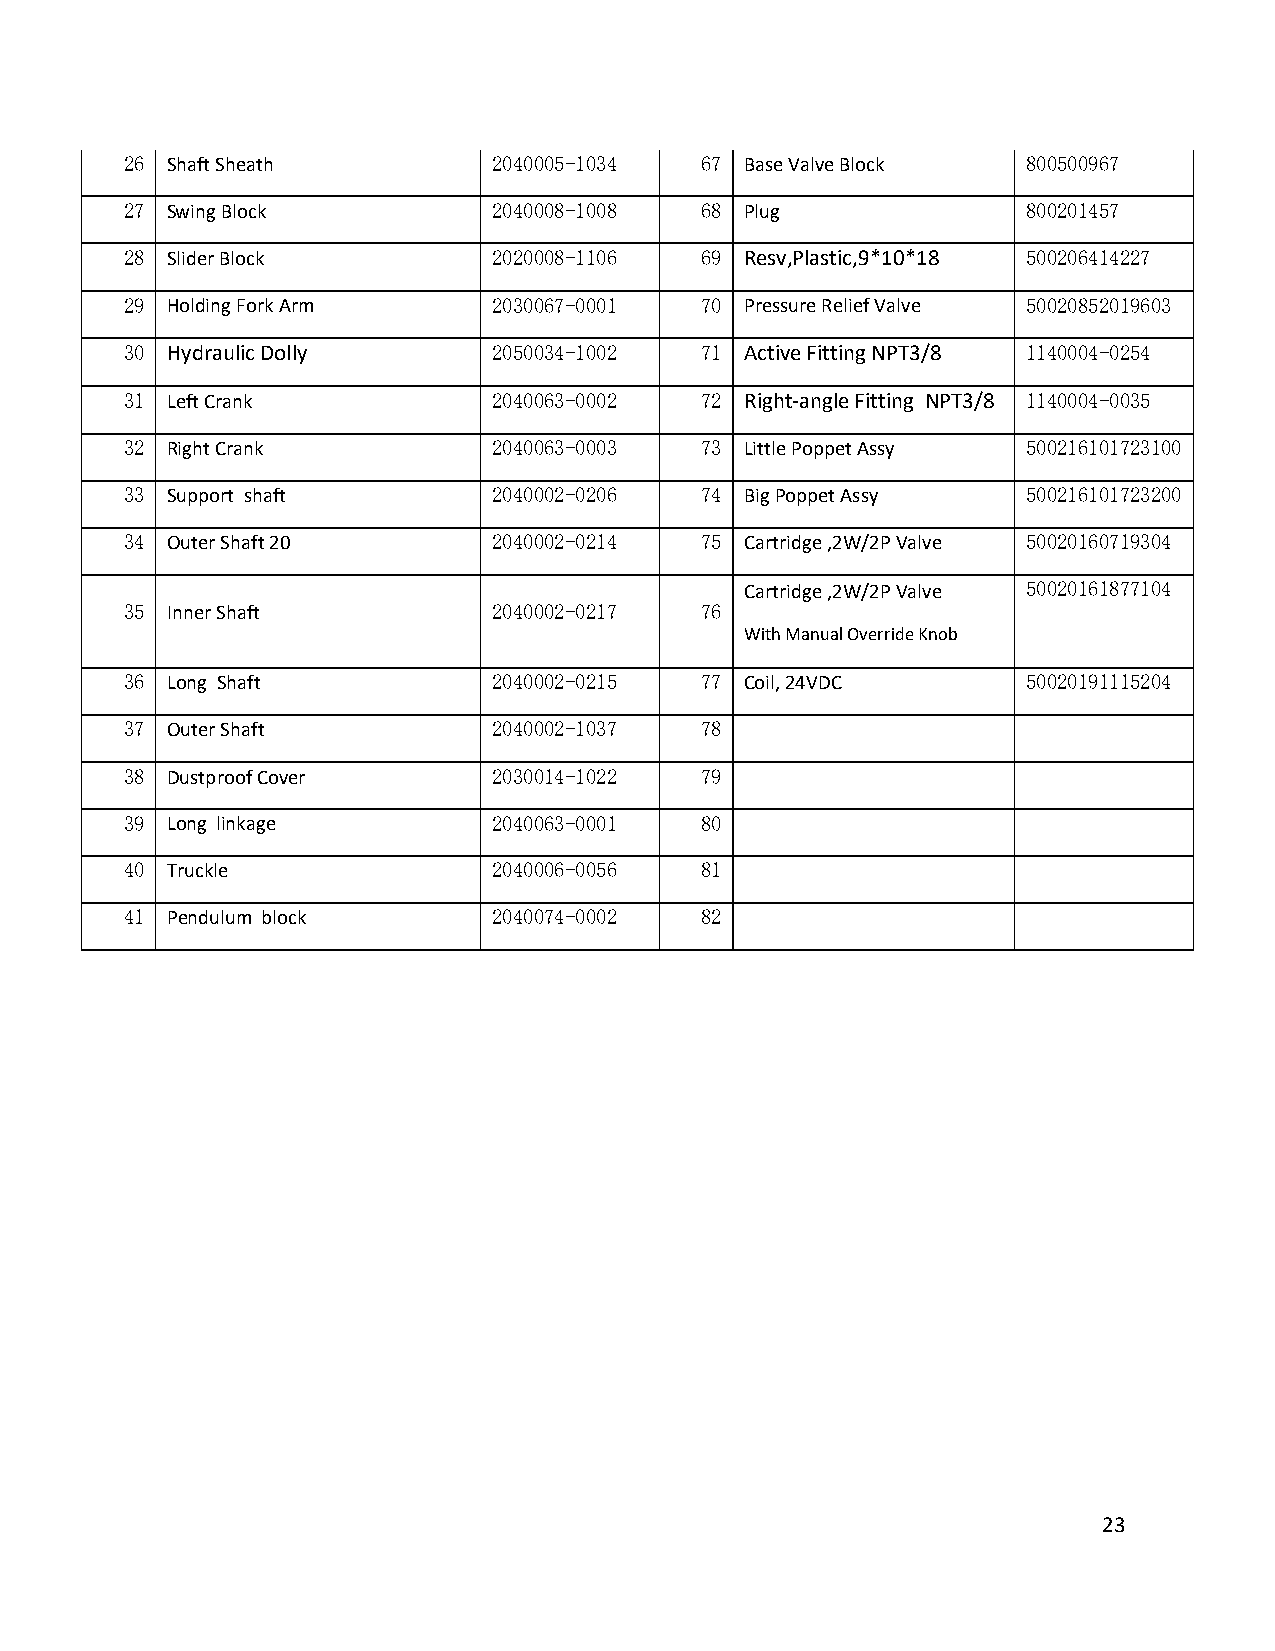
26 Shaft Sheath          2040005-1034 67 Base Valve Block   800500967
 27 Swing Block           2040008-1008 68 Plug               800201457
 28 Slider Block          2020008-1106 69 Resv,Plastic,9*10*18 500206414227
 29 Holding Fork Arm      2030067-0001 70 Pressure Relief Valve 50020852019603
 30 Hydraulic Dolly       2050034-1002 71 Active Fitting NPT3/8 1140004-0254
 31 Left Crank            2040063-0002 72 Right-angle Fitting NPT3/8 1140004-0035
 32 Right Crank           2040063-0003 73 Little Poppet Assy 500216101723100
 33 Support shaft         2040002-0206 74 Big Poppet Assy    500216101723200
 34 Outer Shaft 20        2040002-0214 75 Cartridge ,2W/2P Valve 50020160719304
 Cartridge ,2W/2P Valve 50020161877104
 35 Inner Shaft           2040002-0217 76
 With Manual Override Knob
 36 Long Shaft            2040002-0215 77 Coil, 24VDC        50020191115204
 37 Outer Shaft           2040002-1037 78
 38 Dustproof Cover       2030014-1022 79
 39 Long linkage          2040063-0001 80
 40 Truckle               2040006-0056 81
 41 Pendulum block        2040074-0002 82
 23